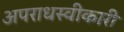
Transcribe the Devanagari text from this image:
अपराधस्वीकारी